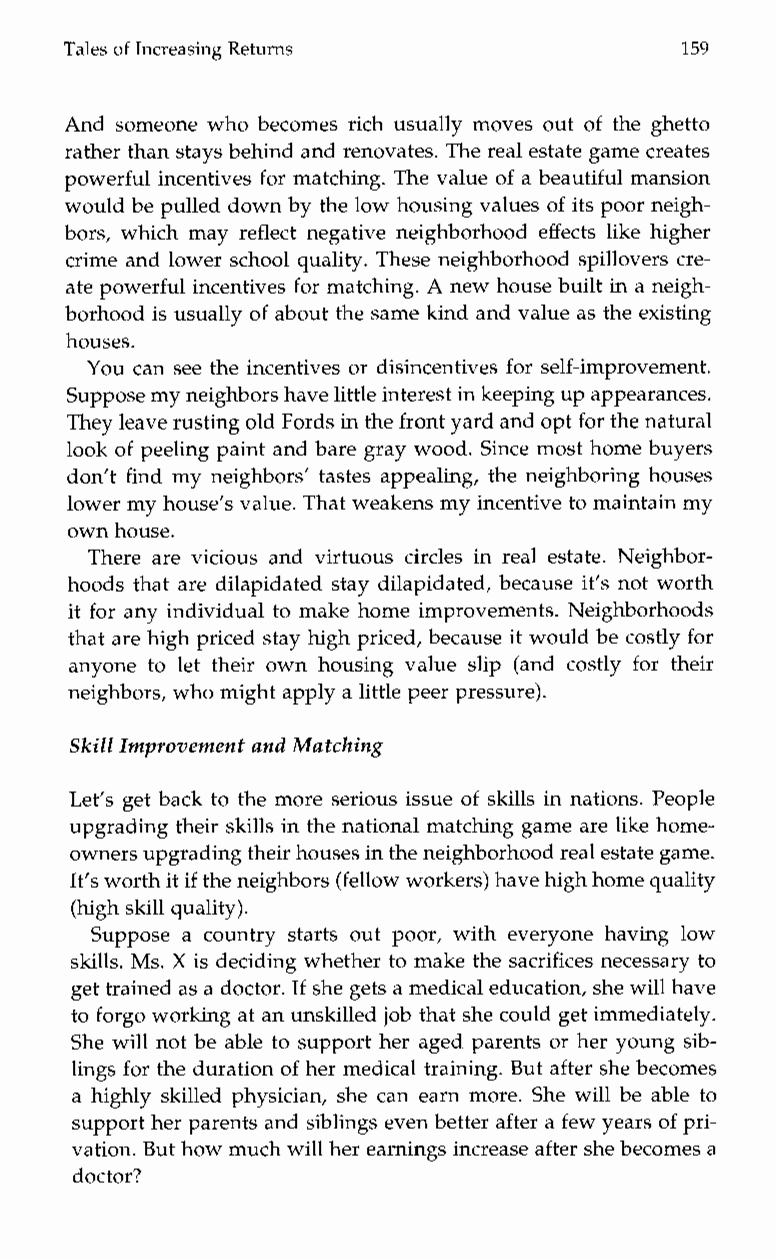
Tales of Increasing Returns              159
 And someone who becomes rich usually moves out of the ghetto
 rather than stays behind and renovates. The real estate game creates
 powerful incentives for matching. The value of a beautiful mansion
 would be pulled down by the low housing valueso f its poor neigh-
 bors, which may reflect negative neighborhood effects like higher
 crime and lower school quality. These neighborhood spillovers cre-
 ate powerful incentives for matching. A new house built in a neigh-
 borhood is usually of about the same kind and value as thee xisting
 houses.
 You can see the incentives or disincentives for self-improvement.
 Suppose my neighbors havleit tle interest in keeping up appearances.
 They leave rusting old Fords in the front yard and f oorp tt he natural
 look of peeling paint and bare gray wood. Since most home buyers
 don’t find my neighbors’ tastes appealing, the neighboring houses
 lower my house’s value. That weakens myi ncentive to maintain my
 own house.
 There are vicious and virtuous circles in real estate. Neighbor-
 hoods that are dilapidated stay dilapidated, because it’s not worth
 it for any individual to make home improvements. Neighborhoods
 that are high priced stay high priced, because it would be costly for
 anyonet o let their own housingv alues lip( and costly for their
 neighbors, who might apply a little peer pressure).
 Skill Improvement and Matching
 Let’s get back to the more serious issue of skills in nations. People
 upgrading their skills in the national matching game are like home-
 owners upgradingt heir houses in the neighborhood real estate game.
 It’s worth it if the neighbors (fellow workers) have high home quality
 (high skill quality).
 Supposea c ountrys tarts out poor,w ithe veryoneh avingl ow
 skills. Ms. X is deciding whether to make the sacrifices necessary to
 get trained as a doctor.I f she gets a medical education, shwe ill have
 to forgo working at anu nskilled job that she could get immediately.
 She will not be able to support her aged parents or her young sib-
 lings for the duration of her medical training. But after she becomes
 a highly skilled physician, she can earn more. She will be able to
 support her parents and siblings even better after a few years of pri-
 vation. But how much will her earnings increase after she becomes a
 doctor?